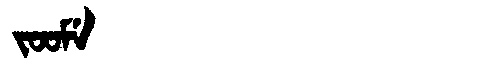
Manchu: ᠵᠣᠣᠮᡝ
Romanization: JOOME